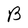
Character: B